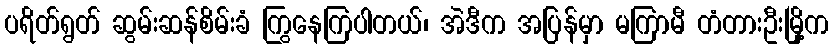
ပရိတ်ရွတ် ဆွမ်းဆန်စိမ်းခံ ကြွနေကြပါတယ်၊ အဲဒီက အပြန်မှာ မကြာမီ တံတားဦးမြို့က